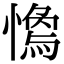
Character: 𢡓